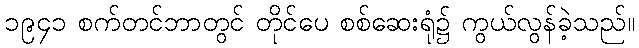
၁၉၄၁ စက်တင်ဘာတွင် တိုင်ပေ စစ်ဆေးရုံ၌ ကွယ်လွန်ခဲ့သည်။